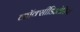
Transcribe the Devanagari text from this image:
कॉक्सीडिओसिस